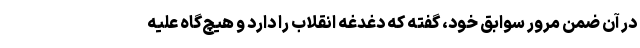
در آن ضمن مرور سوابق خود، گفته که دغدغه انقلاب را دارد و هیچ‌گاه علیه